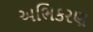
અભિકરણ